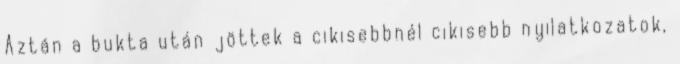
Aztán a bukta után jöttek a cikisebbnél cikisebb nyilatkozatok,